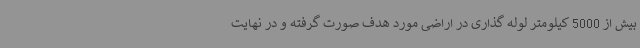
بیش از 5000 کیلومتر لوله گذاری در اراضی مورد هدف صورت گرفته و در نهایت